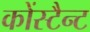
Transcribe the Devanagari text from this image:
कोंस्टैन्ट